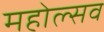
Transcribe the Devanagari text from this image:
महोल्सव